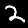
Label: 2